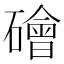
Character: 𥖩